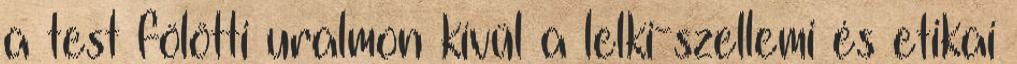
a test fölötti uralmon kívül a lelki-szellemi és etikai